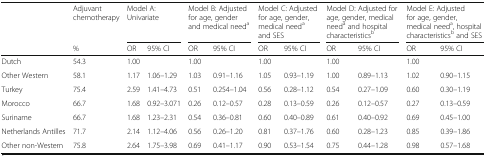
| <ROWSPAN=2>  | Adjuvant chemotherapy | <COLSPAN=2> Model A: Univariate | <COLSPAN=2> Model B: Adjusted for age, gender and medical needa | <COLSPAN=2> Model C: Adjusted for age, gender, medical needa and SES | <COLSPAN=2> Model D: Adjusted for age, gender, medical needa and hospital characteristicsb | <COLSPAN=2> Model E: Adjusted for age, gender, medical needa, hospital characteristicsb and SES |
 | % | OR | 95% CI | OR | 95% CI | OR | 95% CI | OR | 95% CI | OR | 95% CI |
 | --- | --- | --- | --- | --- | --- | --- | --- | --- | --- | --- | --- |
 | Dutch | 54.3 | 1.00 |  | 1.00 |  | 1.00 |  | 1.00 |  | 1.00 |  |
 | Other Western | 58.1 | 1.17 | 1.06–1.29 | 1.03 | 0.91–1.16 | 1.05 | 0.93–1.19 | 1.00 | 0.89–1.13 | 1.02 | 0.90–1.15 |
 | Turkey | 75.4 | 2.59 | 1.41–4.73 | 0.51 | 0.254–1.04 | 0.56 | 0.28–1.12 | 0.54 | 0.27–1.09 | 0.60 | 0.30–1.19 |
 | Morocco | 66.7 | 1.68 | 0.92–3.071 | 0.26 | 0.12–0.57 | 0.28 | 0.13–0.59 | 0.26 | 0.12–0.57 | 0.27 | 0.13–0.59 |
 | Suriname | 66.7 | 1.68 | 1.23–2.31 | 0.54 | 0.36–0.81 | 0.60 | 0.40–0.89 | 0.61 | 0.40–0.92 | 0.69 | 0.45–1.00 |
 | Netherlands Antilles | 71.7 | 2.14 | 1.12–4.06 | 0.56 | 0.26–1.20 | 0.81 | 0.37–1.76 | 0.60 | 0.28–1.23 | 0.85 | 0.39–1.86 |
 | Other non-Western | 75.8 | 2.64 | 1.75–3.98 | 0.69 | 0.41–1.17 | 0.90 | 0.53–1.54 | 0.75 | 0.44–1.28 | 0.98 | 0.57–1.68 |